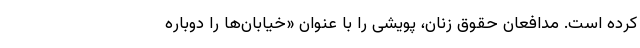
کرده است. مدافعان حقوق زنان، پویشی را با عنوان «خیابان‌ها را دوباره